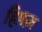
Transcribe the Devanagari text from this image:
हिफ़्ज़